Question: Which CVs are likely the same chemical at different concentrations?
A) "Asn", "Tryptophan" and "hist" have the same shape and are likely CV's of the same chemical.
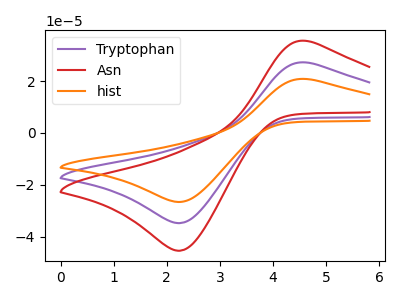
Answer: <think>The purple curve "Tryptophan" has an anodic peak at (4.65V, 27.10uA) and a cathodic peak at (2.25V, -34.80uA). The red curve "Asn" has an anodic peak at (4.65V, 35.45uA) and a cathodic peak at (2.25V, -45.45uA). The orange curve "hist" has an anodic peak at (4.65V, 54.25uA) and a cathodic peak at (2.25V, -69.55uA).
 All the peaks in "Tryptophan" have a peak in "Asn" at the same potential. Every peak in "Tryptophan" is lower than every peak in "Asn". All the peaks in "Tryptophan" have a peak in "hist" at the same potential. Every peak in "Tryptophan" is lower than every peak in "hist". All the peaks in "Asn" have a peak in "hist" at the same potential. Every peak in "Asn" is lower than every peak in "hist".</think>
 <answer>A) "Asn", "Tryptophan" and "hist" have the same shape and are likely CV's of the same chemical.</answer>
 <eval>A</eval>